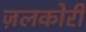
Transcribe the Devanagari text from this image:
ज़लकोरी